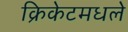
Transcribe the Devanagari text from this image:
क्रिकेटमधले